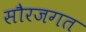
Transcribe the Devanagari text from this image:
सौरजगत